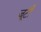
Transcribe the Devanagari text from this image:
जूटी